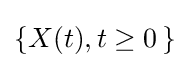
\{X(t),t\geq 0\,\}